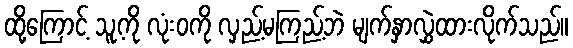
ထို့ကြောင့် သူ့ကို လုံးဝကို လှည့်မကြည့်ဘဲ မျက်နှာလွှဲထားလိုက်သည်။